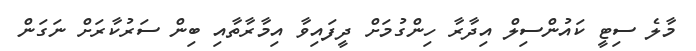
މާލެ ސިޓީ ކައުންސިލް އިދާރާ ހިންގުމަށް ދީފައިވާ އިމާރާތާއި ބިން ސަރުކާރަށް ނަގަން